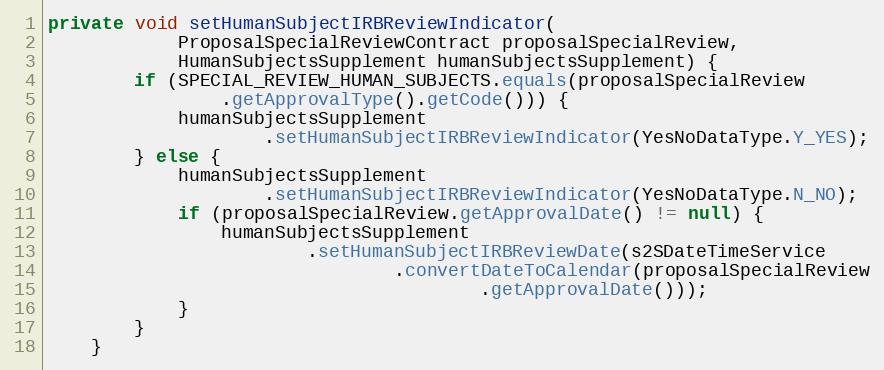
Language: Java
private void setHumanSubjectIRBReviewIndicator(
			ProposalSpecialReviewContract proposalSpecialReview,
			HumanSubjectsSupplement humanSubjectsSupplement) {
		if (SPECIAL_REVIEW_HUMAN_SUBJECTS.equals(proposalSpecialReview
				.getApprovalType().getCode())) {
			humanSubjectsSupplement
					.setHumanSubjectIRBReviewIndicator(YesNoDataType.Y_YES);
		} else {
			humanSubjectsSupplement
					.setHumanSubjectIRBReviewIndicator(YesNoDataType.N_NO);
			if (proposalSpecialReview.getApprovalDate() != null) {
				humanSubjectsSupplement
						.setHumanSubjectIRBReviewDate(s2SDateTimeService
								.convertDateToCalendar(proposalSpecialReview
										.getApprovalDate()));
			}
		}
	}